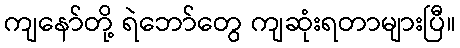
ကျနော်တို့ ရဲဘော်တွေ ကျဆုံးရတာများပြီ။